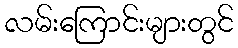
လမ်းကြောင်းများတွင်